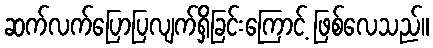
ဆက်လက်ပြောပြလျက်ရှိခြင်းကြောင့် ဖြစ်လေသည်။